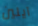
آيلين